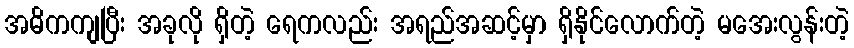
အဓိကကျပြီး အခုလို ရှိတဲ့ ရေကလည်း အရည်အဆင့်မှာ ရှိနိုင်လောက်တဲ့ မအေးလွန်းတဲ့